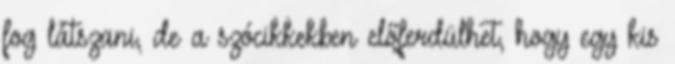
fog látszani, de a szócikkekben előferdülhet, hogy egy kis